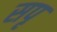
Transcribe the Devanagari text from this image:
सपृ